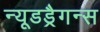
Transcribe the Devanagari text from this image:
न्यूडड्रैगन्स